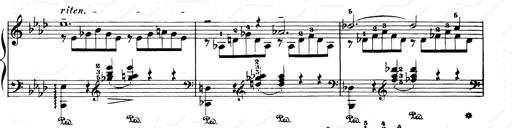
Title: Consolations and LiebestrÃ¤ume for the Piano
Composer: Franz Liszt